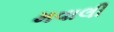
મવાલી